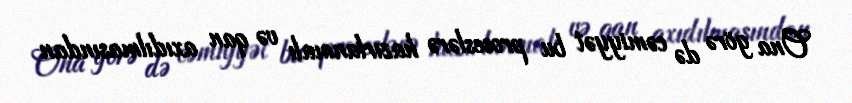
Ona görə də cəmiyyət bu proseslərə hazırlanmalı və qan axıdılmasından